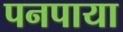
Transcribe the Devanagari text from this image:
पनपाया